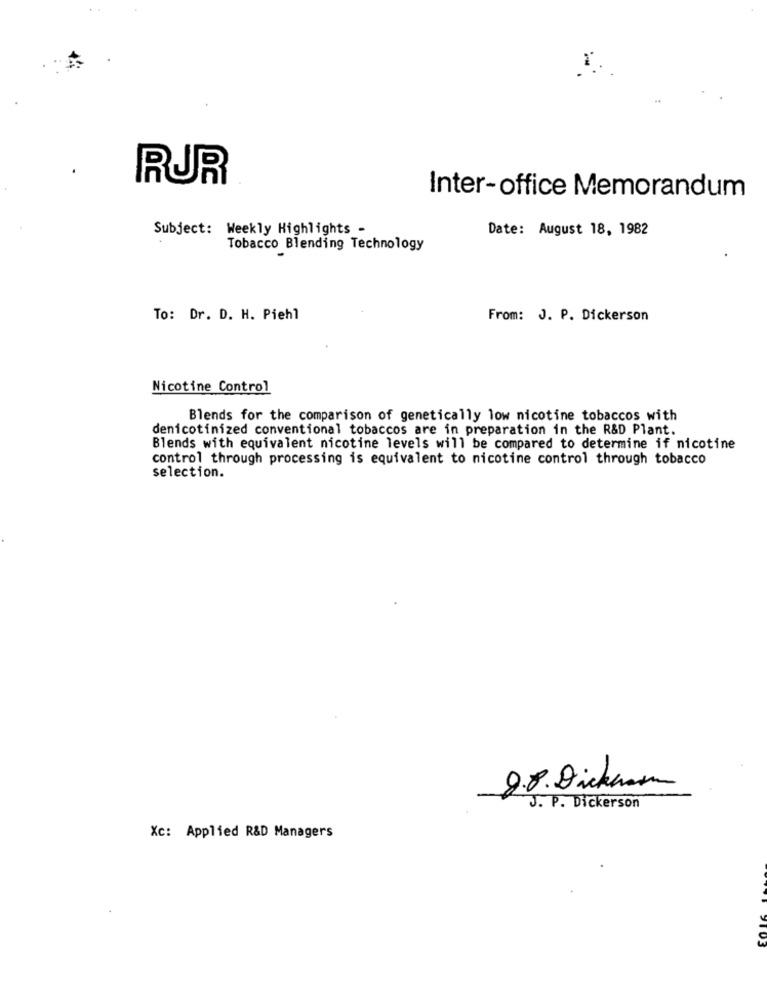
RUR
Inter-office Memorandum
Subject: Weekly Highlights -
Date: August 18, 1982
Tobacco Blending Technology
To: Dr. D. H. Piehl
From: J. P. Dickerson
Nicotine Control
Blends for the comparison of genetically low nicotine tobaccos with
denicotinized conventional tobaccos are in preparation in the R&D Plant.
Blends with equivalent nicotine levels will be compared to determine if nicotine
control through processing is equivalent to nicotine control through tobacco
selection.
8.8. Dickhamm
J. P. Dickerson
Xc: Applied R&D Managers